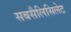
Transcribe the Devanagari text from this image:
सबसैलिसिलेट